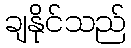
ချနိုင်သည်